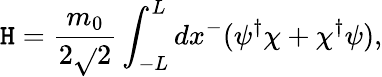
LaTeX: \mathtt{H}=\frac{{m_{0}}}{{2\sqrt{}{{2}}}}\int_{-L}^{L}dx^{-}(\psi^{\dagger}\chi+\chi^{\dagger}\psi),